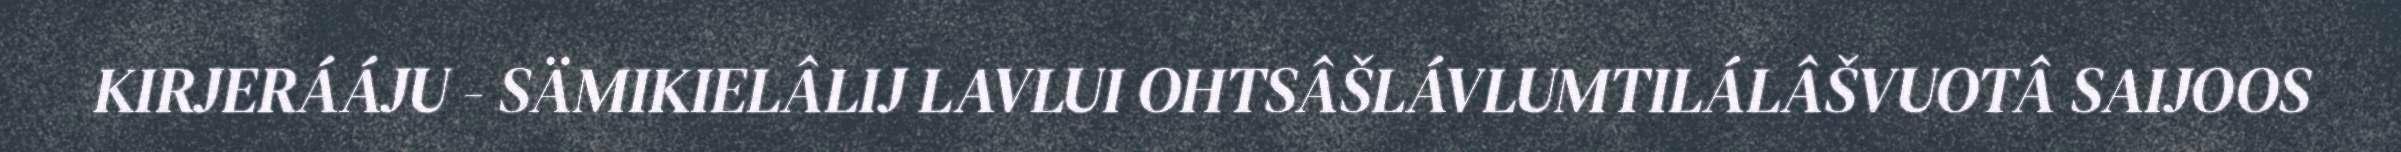
KIRJERÁÁJU - SÄMIKIELÂLIJ LAVLUI OHTSÂŠLÁVLUMTILÁLÂŠVUOTÂ SAIJOOS